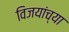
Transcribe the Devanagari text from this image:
विजयांच्या